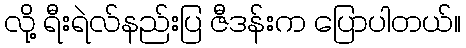
လို့ ရီးရဲလ်နည်းပြ ဇီဒန်းက ပြောပါတယ်။